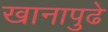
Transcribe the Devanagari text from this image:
खानापुढे